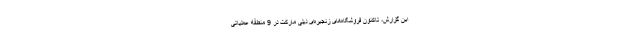
این گزارش، تاکنون فروشگاه‌های زنجیره‌ای دیلی مارکت در 9 منطقه عملیاتی